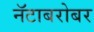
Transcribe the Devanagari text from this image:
नॅटाबरोबर